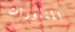
المناورات